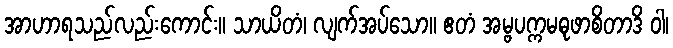
အာဟာရသည်လည်းကောင်း။ သာယိတံ၊ လျက်အပ်သော။ ဧတံ အမ္ဗပက္ကမဓုဖာစိတာဒိ ဝါ၊